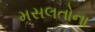
મસલતોના